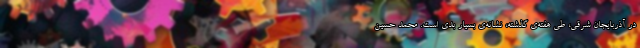
در آذربایجان شرقی، طی هفته‌ی گذشته، نشانه‌ی بسیار بدی است. محمد حسین